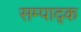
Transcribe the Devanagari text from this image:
सम्पाद्क